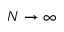
N \to \infty